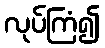
လုပ်ကြံ၍